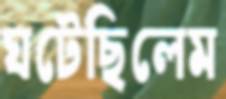
ঘটেছিলেম